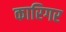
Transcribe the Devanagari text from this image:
कारिगर